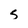
Character: s